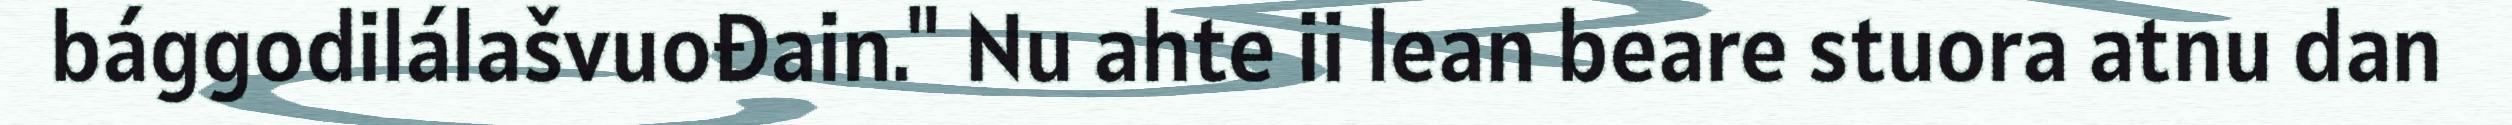
bággodilálašvuođain." Nu ahte ii lean beare stuora atnu dan